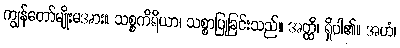
ကျွန်တော်မျိုးမအား။ သစ္စကိရိယာ၊ သစ္စာပြုခြင်းသည်။ အတ္ထိ၊ ရှိပါ၏။ အဟံ၊